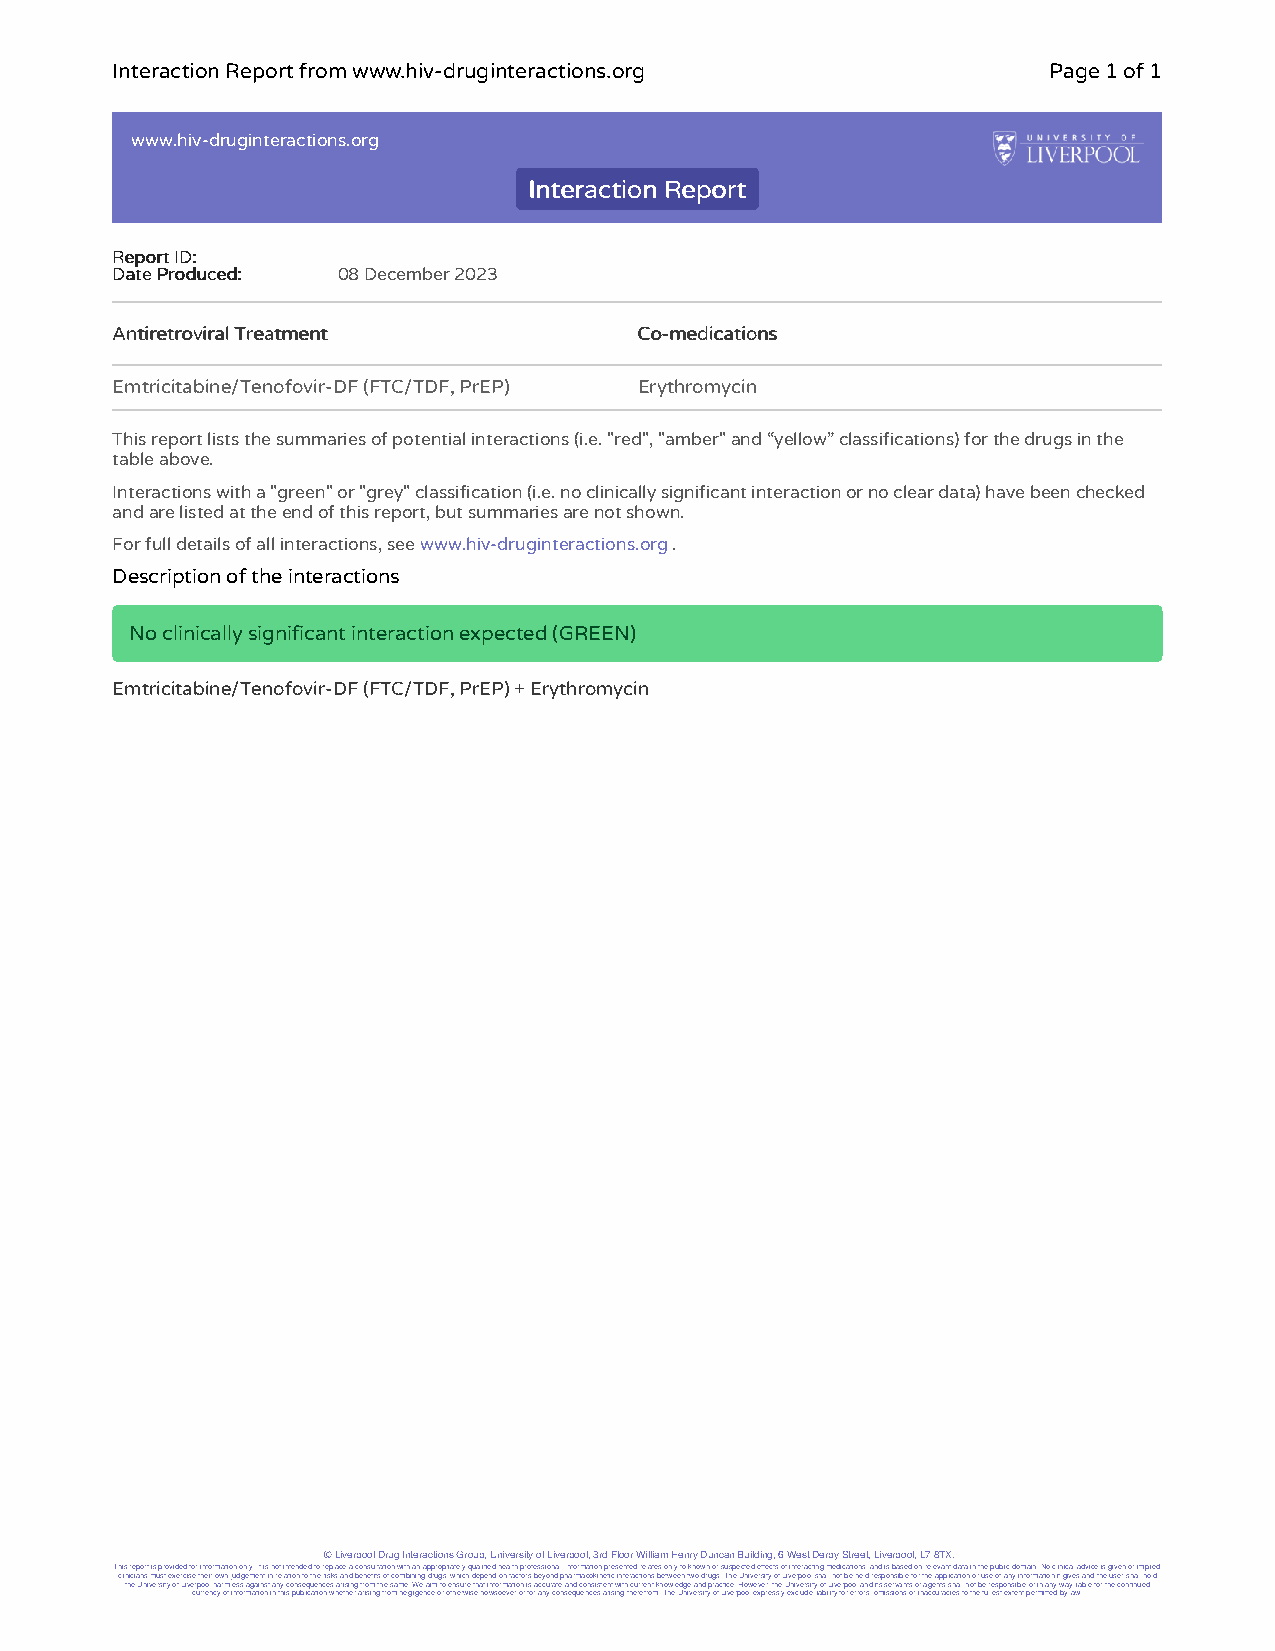
Interaction Report from www.hiv-druginteractions.org          Page 1 of 1
 www.hiv-druginteractions.org
 IInntteerraaccttiioonn RReeppoorrtt
 RReeppoorrtt IIDD::
 DDaattee PPrroodduucceedd:: 08 December 2023
 AAnnttiirreettrroovviirraall TTrreeaattmmeenntt CCoo--mmeeddiiccaattiioonnss
 Emtricitabine/Tenofovir-DF (FTC/TDF, PrEP) Erythromycin
 This report lists the summaries of potential interactions (i.e. "red", "amber" and “yellow” classifications) for the drugs in the
 table above.
 Interactions with a "green" or "grey" classification (i.e. no clinically significant interaction or no clear data) have been checked
 and are listed at the end of this report, but summaries are not shown.
 For full details of all interactions, see www.hiv-druginteractions.org .
 Description of the interactions
 No clinically significant interaction expected (GREEN)
 Emtricitabine/Tenofovir-DF (FTC/TDF, PrEP) + Erythromycin
 © Liverpool Drug Interactions Group, University of Liverpool, 3rd Floor William Henry Duncan Building, 6 West Derby Street, Liverpool, L7 8TX.
 This report is provided for information only. It is not intended to replace a consultation with an appropriately qualified health professional. Information presented relates only to known or suspected effects of interacting medications, and is based on relevant data in the public domain. No clinical advice is given or implied,
 clinicians must exercise their own judgement in relation to the risks and benefits of combining drugs, which depend on factors beyond pharmacokinetic interactions between two drugs. The University of Liverpool shall not be held responsible for the application or use of any information it gives and the user shall hold
 the University of Liverpool harmless against any consequences arising from the same. We aim to ensure that information is accurate and consistent with current knowledge and practice. However, the University of Liverpool and its servants or agents shall not be responsible or in any way liable for the continued
 currency of information in this publication whether arising from negligence or otherwise howsoever or for any consequences arising therefrom. The University of Liverpool expressly exclude liability for errors, omissions or inaccuracies to the fullest extent permitted by law.